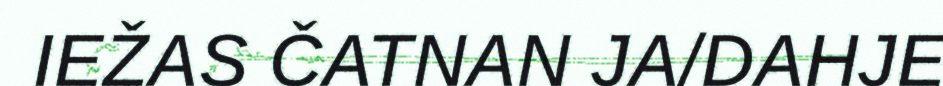
IEŽAS ČATNAN JA/DAHJE